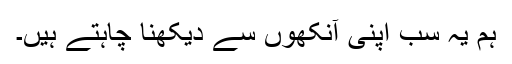
ہم یہ سب اپنی آنکھوں سے دیکھنا چاہتے ہیں۔